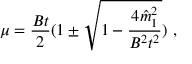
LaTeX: \mu = \frac { B t } { 2 } ( 1 \pm \sqrt { 1 - \frac { 4 \hat { m } _ { 1 } ^ { 2 } } { B ^ { 2 } t ^ { 2 } } } ) \ ,